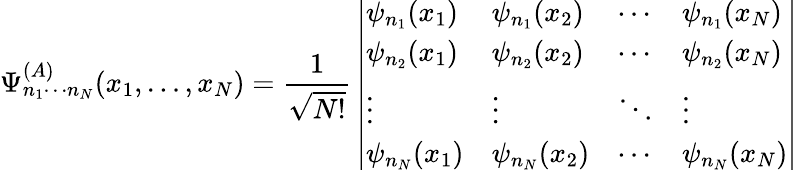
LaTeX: \Psi_{n_{1}\cdots n_{N}}^{(A)}(x_{1},\ldots,x_{N})={\frac{1}{\sqrt{N!}}}\left|{\begin{array}{llll}{\psi_{n_{1}}(x_{1})}&{\psi_{n_{1}}(x_{2})}&{\cdots}&{\psi_{n_{1}}(x_{N})}\\ {\psi_{n_{2}}(x_{1})}&{\psi_{n_{2}}(x_{2})}&{\cdots}&{\psi_{n_{2}}(x_{N})}\\ {\vdots}&{\vdots}&{\ddots}&{\vdots}\\ {\psi_{n_{N}}(x_{1})}&{\psi_{n_{N}}(x_{2})}&{\cdots}&{\psi_{n_{N}}(x_{N})}\end{array}}\right|